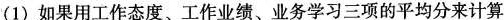
(1)如果用工作态度、工作业绩、业务学习三项的平均分来计算